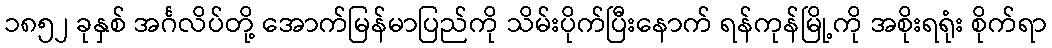
၁၈၅၂ ခုနှစ် အင်္ဂလိပ်တို့ အောက်မြန်မာပြည်ကို သိမ်းပိုက်ပြီးနောက် ရန်ကုန်မြို့ကို အစိုးရရုံး စိုက်ရာ